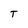
Character: T